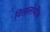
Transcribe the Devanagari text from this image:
विलालोबोस